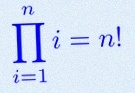
\prod_{i=1}^{n}i=n!